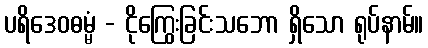
ပရိဒေဝဓမ္မံ - ငိုကြွေးခြင်းသဘော ရှိသော ရုပ်နာမ်။